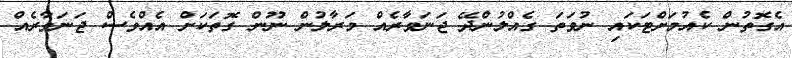
އެގޮތުން ކެއުމަށްޓަކައި ނުވަތަ ގެއްލުންދޭ ޖަނަވާރެއް މަރާލުން ނޫން ގޮތަކަށް އެއްވެސް ޖަނަވާރެއް